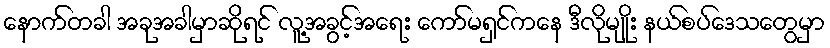
နောက်တခါ အခုအခါမှာဆိုရင် လူ့အခွင့်အရေး ကော်မရှင်ကနေ ဒီလိုမျိုး နယ်စပ်ဒေသတွေမှာ